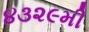
૪૩૨૯મી